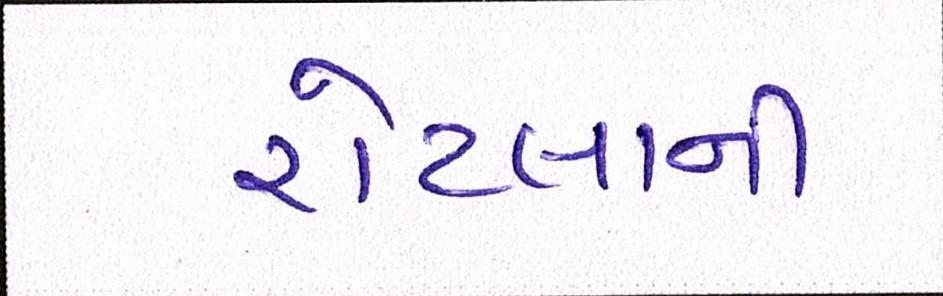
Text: રોટલાની